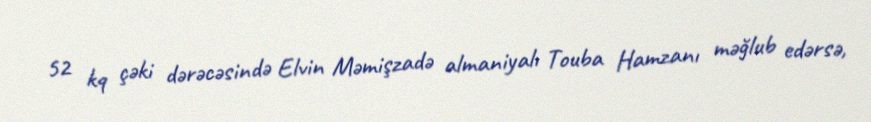
52 kq çəki dərəcəsində Elvin Məmişzadə almaniyalı Touba Hamzanı məğlub edərsə,